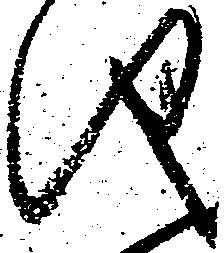
儀